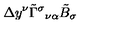
\Delta y ^ { \nu } \tilde { \Gamma } ^ { \sigma } { } _ { \nu \alpha } \tilde { B } _ { \sigma }